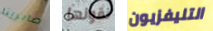
صابرينا نقولها التليفزيون